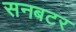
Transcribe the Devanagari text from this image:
सनबटर